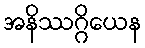
အနိဿဂ္ဂိယေန